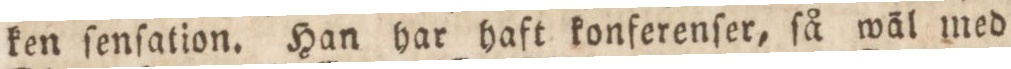
ken ſenſation. Han har haft konferenſer, ſå wäl med